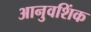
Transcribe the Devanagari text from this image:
आनुवशिंक